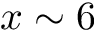
x \sim 6